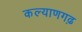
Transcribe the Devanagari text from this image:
कल्याणगढ़